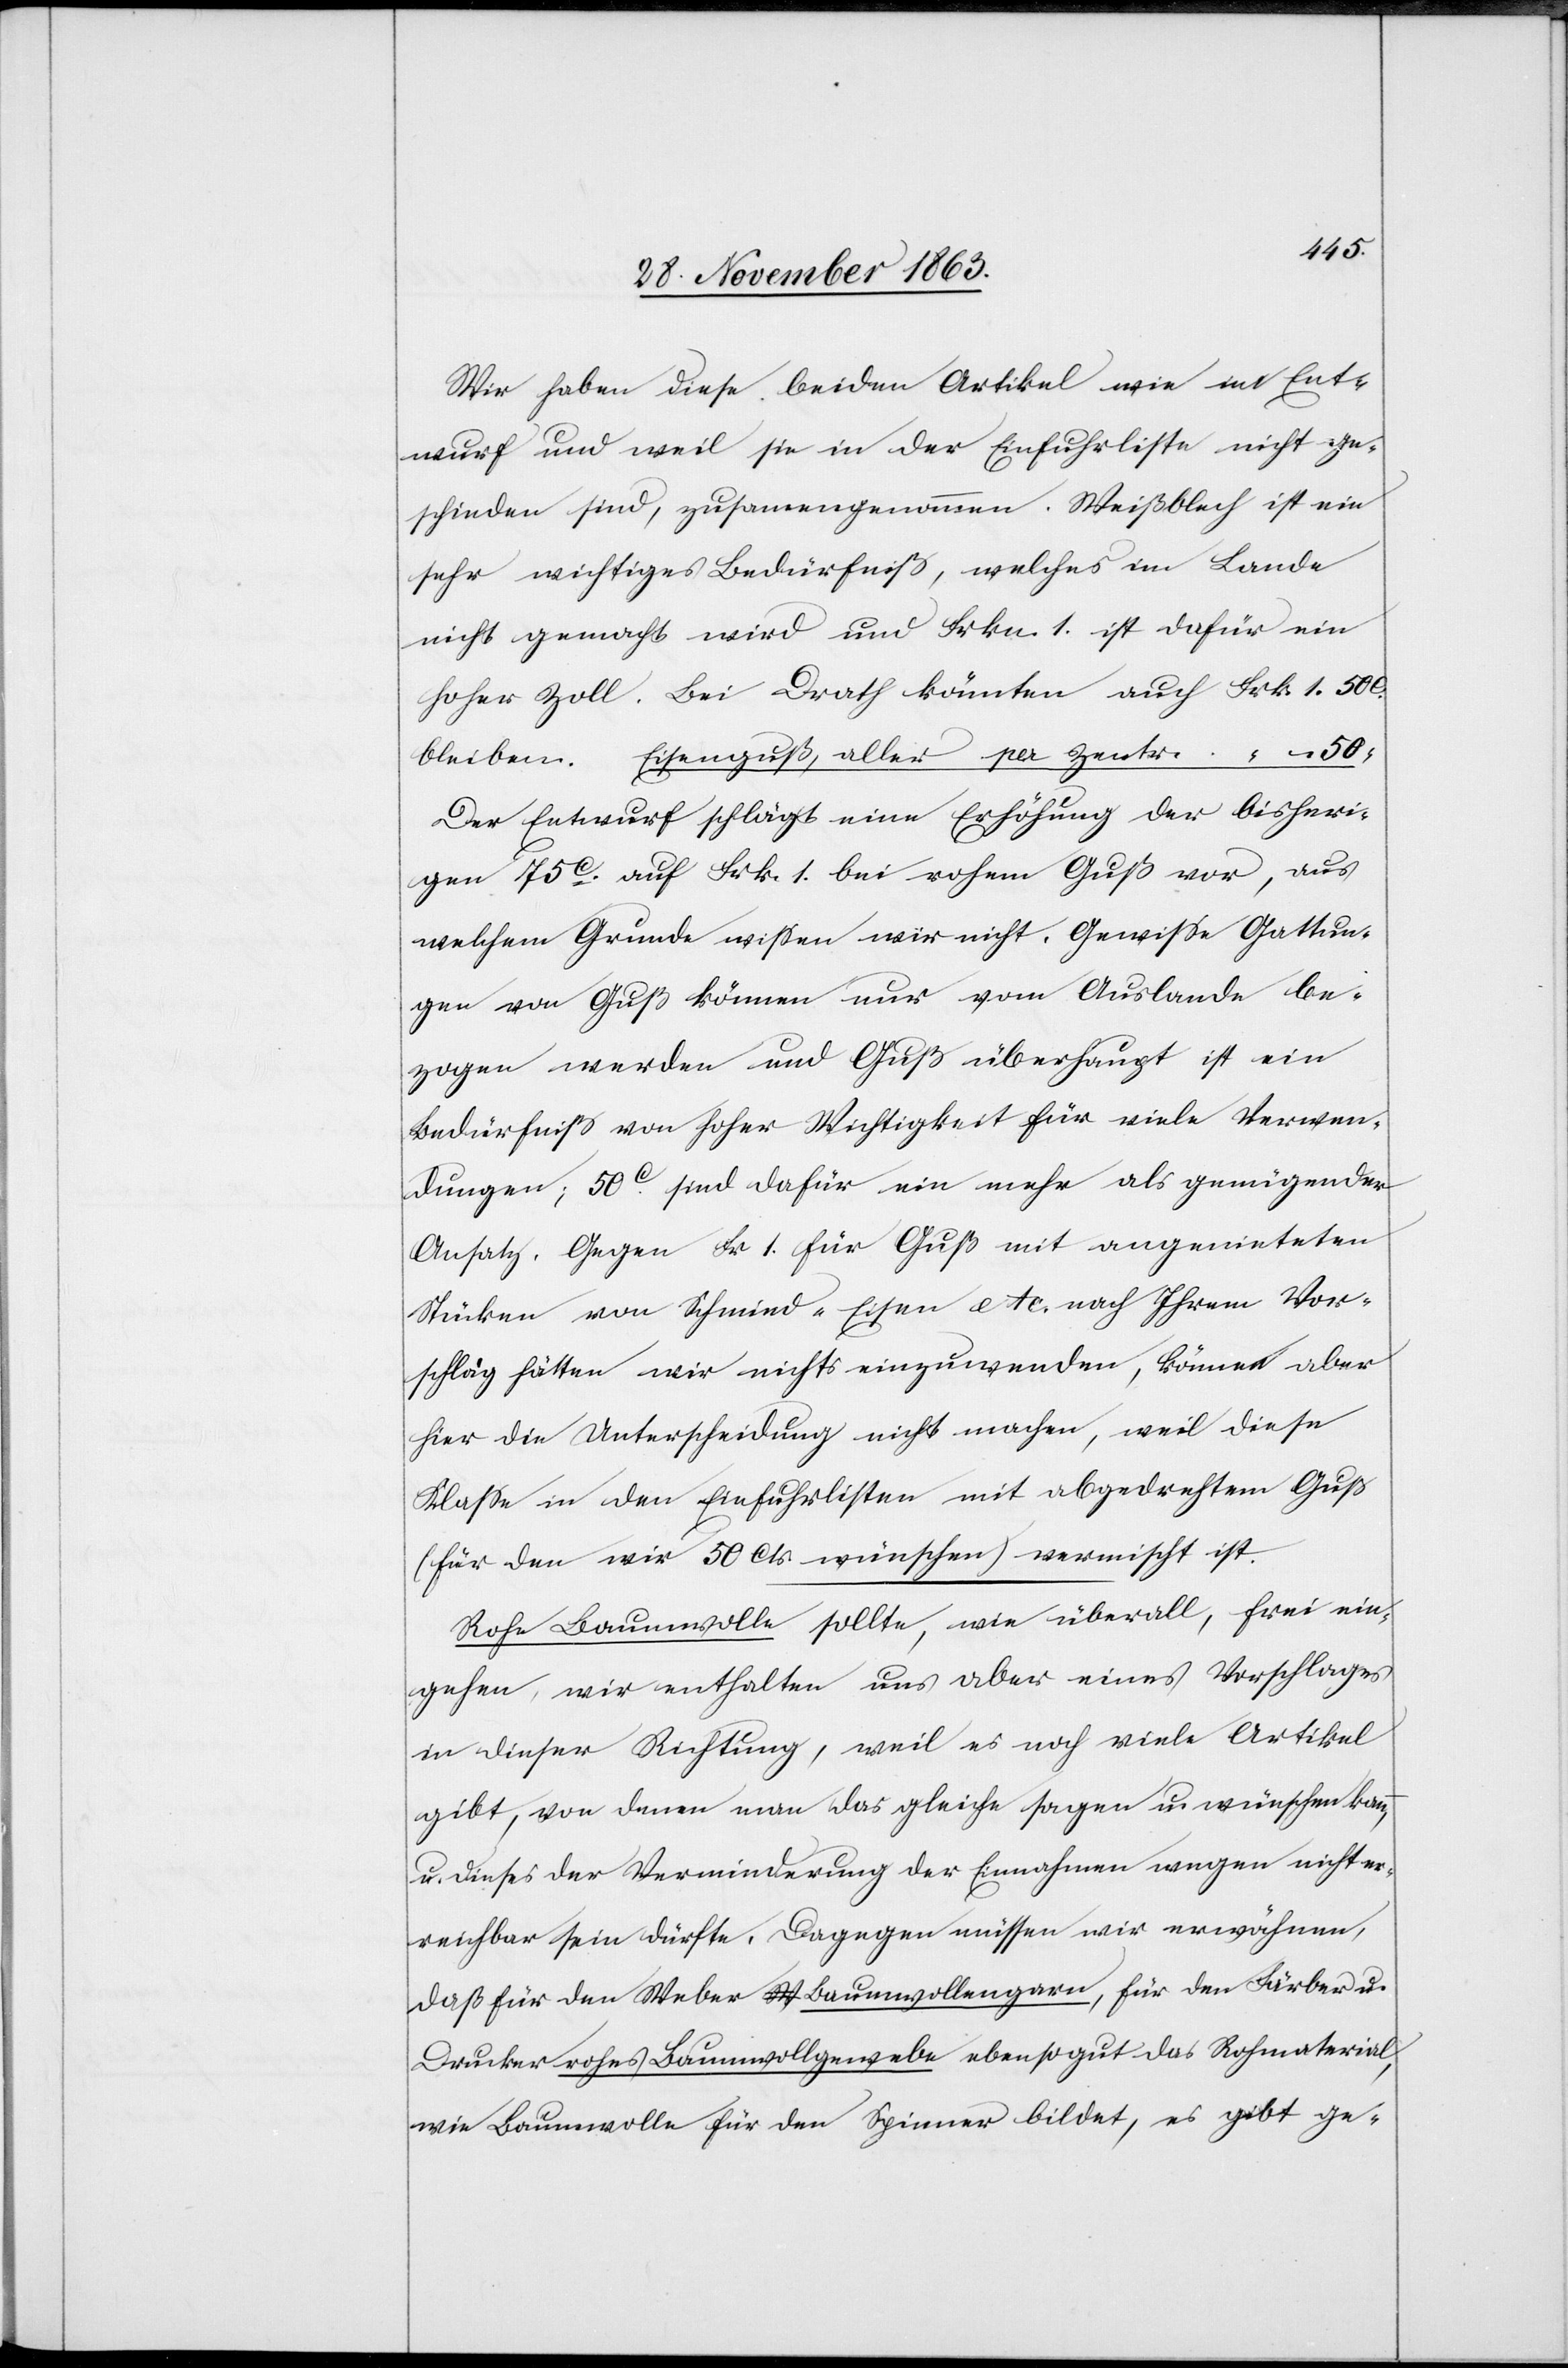
Wir haben diese beiden Artikel wie im Ent¬
wurf und weil sie in der Einfuhrliste nicht ge¬
schieden sind, zusammengenommen. Weißblech ist ein
sehr wichtiges Bedürfniß, welches im Lande
nicht gemacht wird und Frkn. 1. ist dafür ein
hoher Zoll. Bei Drath könnten auch Frk. 1. 50c.
Der Entwurf schlägt eine Erhöhung der bisheri¬
gen 75c. auf Frk. 1. bei rohem Guß vor, aus
welchem Grunde wissen wir nicht. Gewisse Gattun¬
gen von Guß können nur vom Auslande be¬
zogen werden und Guß überhaupt ist ein
Bedürfniß von hoher Wichtigkeit für viele Verwen¬
dungen; 50c sind daher ein mehr als genügender
Ansatz. Gegen Fr 1. für Guß mit angenieteten
Stücken von Schmied-Eisen etc. nach Ihrem Vor¬
schlag hätten wir nichts einzuwenden, können aber
hier die Unterscheidung nicht machen, weil diese
Klasse in den Einfuhrlisten mit abgedrehtem Guß
(für den wir 50 Cts wünschen) vermischt ist.
Rohe Baumwolle sollte, wie überall, frei ein¬
gehen, wir enthalten uns aber eines Vorschlages
in dieser Richtung, weil es noch viele Artikel
gibt, von denen man das gleiche sagen u. wünschen kann,
u. dieses der Verminderung der Einnahmen wegen nicht er¬
reichbar sein dürfte. Dagegen müssen wir erwähnen,
daß für den Weber Baumwollengarn, für den Färber u.
Drucker rohes Baumwollgewebe ebensogut das Rohmaterial,
wie Baumwolle für den Spinner bildet, es gibt ge-